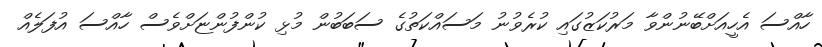
ހާއްސަ އެހީއަށްބޭނުންވާ މަރުކަޒުގައި ކުރެވުނު މަސައްކަތުގެ ސަބަބުން މުޅި ކުންފުންޏަށްވެސް ހާއްސަ އުފަލެއް